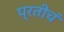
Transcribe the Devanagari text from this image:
प्रतीचं